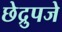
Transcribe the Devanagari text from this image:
छेद्रुपजे